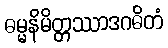
ဓမ္မနိမိတ္တဿာဒဂဓိတံ